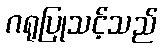
ဂရုပြုသင့်သည်